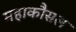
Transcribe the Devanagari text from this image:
महाकौसल